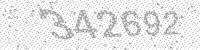
Solution: 342692